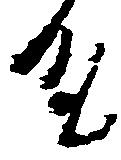
殿